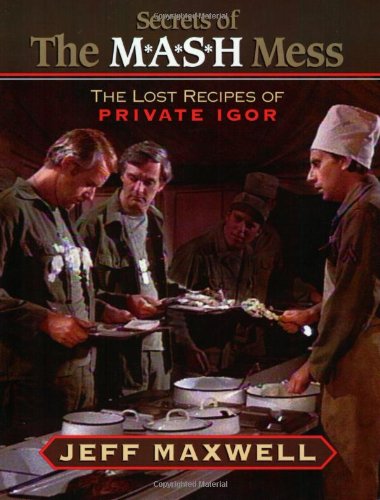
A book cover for The Secrets of the M*A*S*H Mess: The Lost Recipes of Private Igor; Jeff Maxwell; Humor & Entertainment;